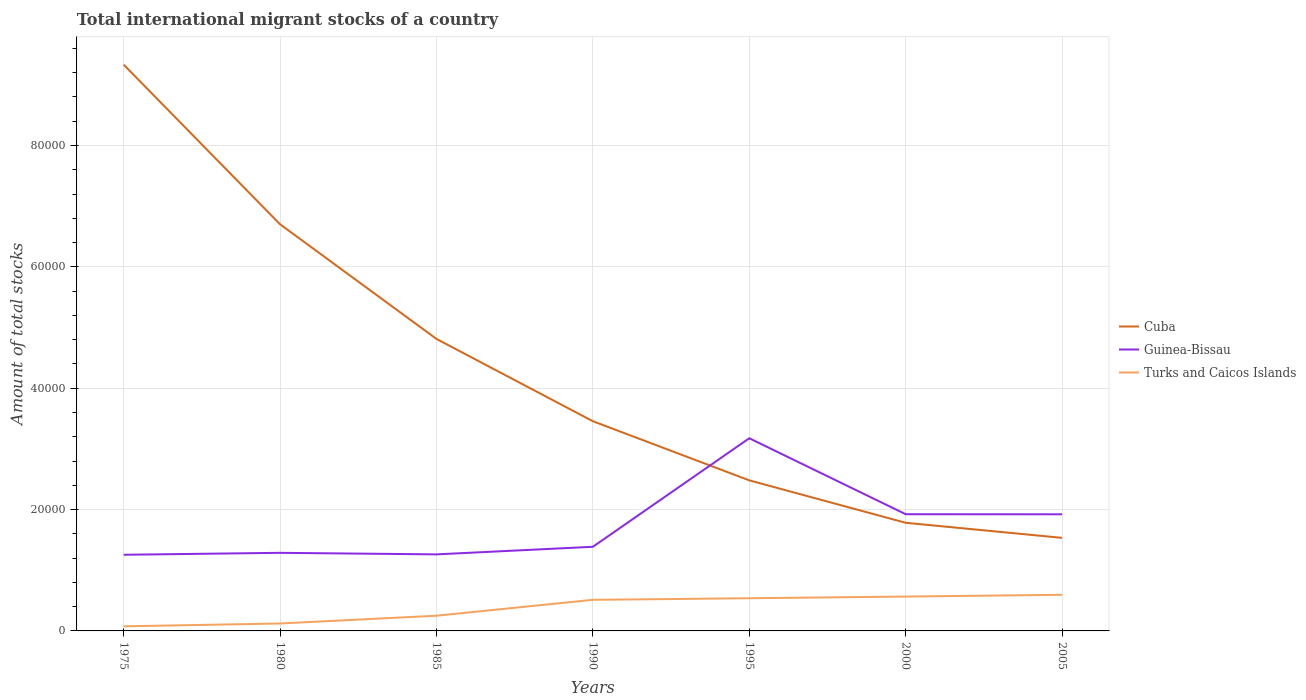
| Years | Cuba | Guinea-Bissau | Turks and Caicos Islands |
 | --- | --- | --- | --- |
 | 1975 | 9.33e+04 | 1.26e+04 | 756 |
 | 1980 | 6.7e+04 | 1.29e+04 | 1.22e+03 |
 | 1985 | 4.81e+04 | 1.26e+04 | 2.51e+03 |
 | 1990 | 3.46e+04 | 1.39e+04 | 5.12e+03 |
 | 1995 | 2.48e+04 | 3.17e+04 | 5.39e+03 |
 | 2000 | 1.78e+04 | 1.92e+04 | 5.66e+03 |
 | 2005 | 1.53e+04 | 1.92e+04 | 5.95e+03 |